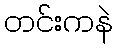
တင်းကနဲ